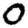
Digit: 0